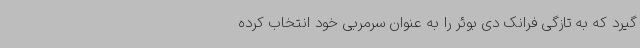
گیرد که به تازگی فرانک دی بوئر را به عنوان سرمربی خود انتخاب کرده